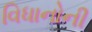
વિધાનોની